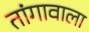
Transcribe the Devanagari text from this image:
तांगावाला